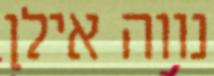
נווה אילן